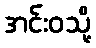
အင်းဝသို့